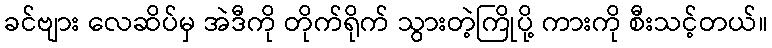
ခင်ဗျား လေဆိပ်မှ အဲဒီကို တိုက်ရိုက် သွားတဲ့ကြိုပို့ ကားကို စီးသင့်တယ်။